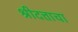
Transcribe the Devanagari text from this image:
श्रीदत्ताचा